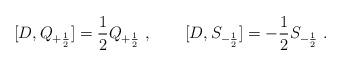
LaTeX: \begin{align*}[ D, Q_{+{1\over 2}} ] = {1\over 2} Q_{+{1\over 2}} \ , \qquad [ D,S_{-{1\over 2}} ] = -{1\over 2} S_{-{1\over 2}} \ .\end{align*}